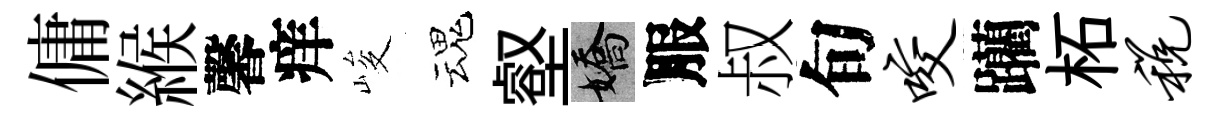
傭緱馨痒峻魂壑嬌服叔旬咬躪柘税